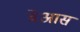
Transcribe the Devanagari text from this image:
बेआस